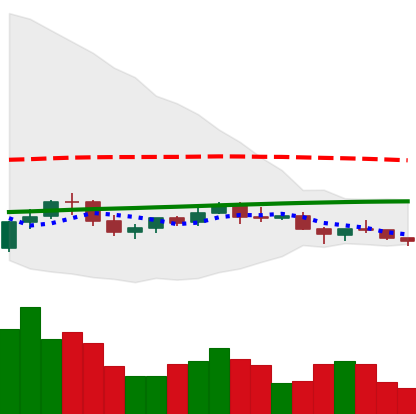
Ticker: NEO-USD
Chart end date: 2021-06-12
Forward return: 5.03%
Label: up_5_7